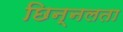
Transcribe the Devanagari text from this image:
छिन्नलता